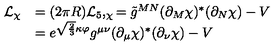
\begin{array} { l l } { { \cal L } _ { \chi } } & { = ( 2 \pi R ) { \cal L } _ { 5 } , _ { \chi } = \tilde { g } ^ { M N } ( \partial _ { M } \chi ) ^ { * } ( \partial _ { N } \chi ) - V } \\ { } & { = e ^ { \sqrt { \frac 2 3 } \kappa \varphi } g ^ { \mu \nu } ( \partial _ { \mu } \chi ) ^ { * } ( \partial _ { \nu } \chi ) - V } \\ \end{array}